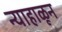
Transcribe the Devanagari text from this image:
न्याहाळून